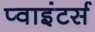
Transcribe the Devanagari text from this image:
प्वाइंटर्स